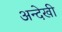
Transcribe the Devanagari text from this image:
अन्देखी